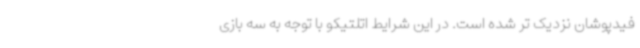
فیدپوشان نزدیک تر شده است. در این شرایط اتلتیکو با توجه به سه بازی